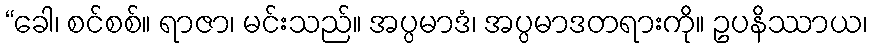
“ခေါ၊ စင်စစ်။ ရာဇာ၊ မင်းသည်။ အပ္ပမာဒံ၊ အပ္ပမာဒတရားကို။ ဥပနိဿာယ၊